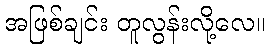
အဖြစ်ချင်း တူလွန်းလို့လေ။